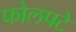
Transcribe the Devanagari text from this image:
फोलपटे